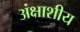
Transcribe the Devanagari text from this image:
अंक्षाशीय